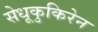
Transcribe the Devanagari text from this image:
सेधूकुकिरेन